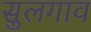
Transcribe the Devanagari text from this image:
सुलगाव